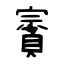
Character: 賨